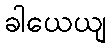
ခါယေယျ